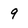
Character: 9